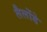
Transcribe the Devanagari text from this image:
लैलोंडे